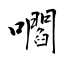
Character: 嚪